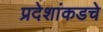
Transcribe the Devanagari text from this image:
प्रदेशांकडचे